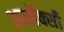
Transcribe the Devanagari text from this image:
अनॉक्सी